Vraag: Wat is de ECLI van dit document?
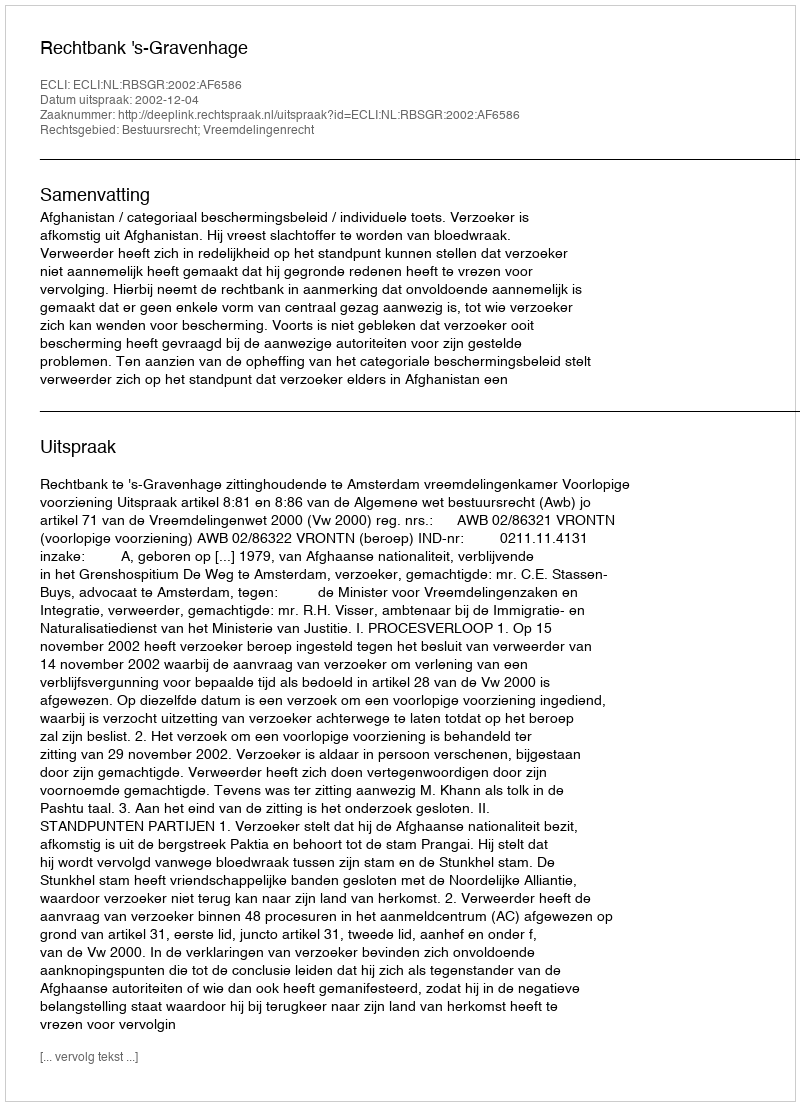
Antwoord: ECLI:NL:RBSGR:2002:AF6586